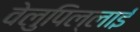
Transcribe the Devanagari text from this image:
वेलुपिल्लाई